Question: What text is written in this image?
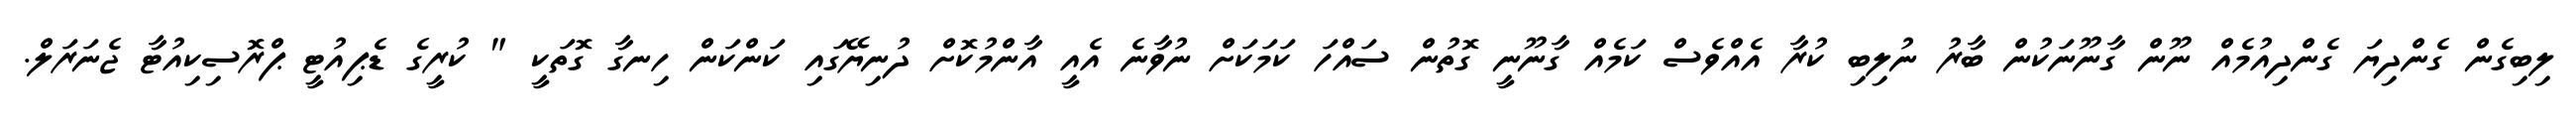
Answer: ލިބިގެން ގެންދިޔަ ގެންދިއުމެއް ނޫން ގާނޫނަކުން ބާރު ނުލިބި ކުރާ އެއްވެސް ކަމެއް ގާނޫނީ ގޮތުން ސައްހަ ކަމަކަށް ނުވާނެ އެއީ އާންމުކޮށް ދުނިޔޭގައި ކަންކަން ހިނގާ ގޮތަކީ " ކުރީގެ ޑެޕިއުޓީ ޕްރޮސިކިއުޓާ ޖެނަރަލް.